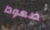
صعودا